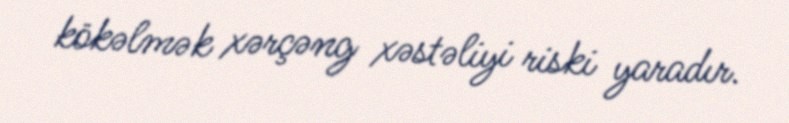
kökəlmək xərçəng xəstəliyi riski yaradır.